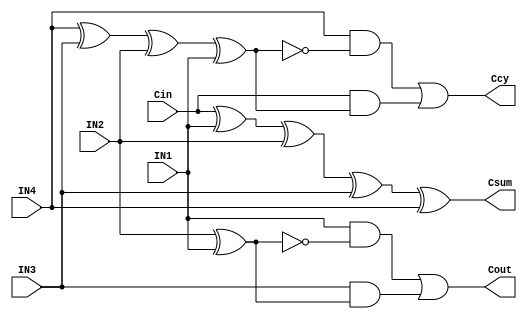
module Exact_4_to_2_Comp (
    input           IN1,IN2,IN3,IN4,
    input           Cin,
    output  wire    Cout,
    output  wire    Ccy,Csum
);
    assign Csum = Cin ^ IN1 ^ IN2 ^ IN3 ^ IN4;
    assign Cout = (IN1 && !(IN2 ^ IN1) ) || (IN3 && (IN2 ^ IN1));
    assign Ccy  = (IN4 && (!(IN4 ^ IN3 ^ IN2 ^ IN1))) 
                    || (Cin && (IN4 ^ IN3 ^ IN2 ^ IN1));
endmodule